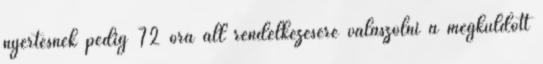
nyertesnek pedig 72 óra áll rendelkezésére válaszolni a megküldött